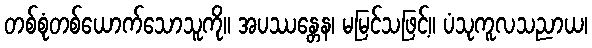
တစ်စုံတစ်ယောက်သောသူကို။ အပဿန္တေန၊ မမြင်သဖြင့်။ ပံသုကူလသညာယ၊